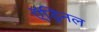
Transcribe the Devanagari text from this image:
ऍड्रिनल